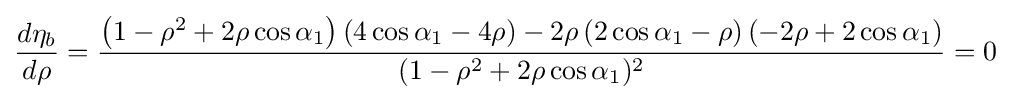
{d\eta _{b} \over d\rho }={\frac {\left(1-\rho ^{2}+2\rho \cos \alpha _{1}\right)\left(4\cos \alpha _{1}-4\rho \right)-2\rho \left(2\cos \alpha _{1}-\rho \right)\left(-2\rho +2\cos \alpha _{1}\right)}{(1-\rho ^{2}+2\rho \cos \alpha _{1})^{2}}}=0